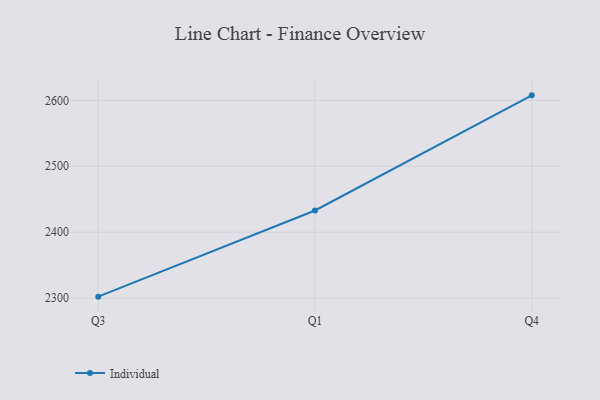
{"axis": {"x": "Quarter", "y": "Temperature (°C)"}, "legend": ["Individual"], "data": [{"x": "Q3", "y": 2302.2, "type": "Individual"}, {"x": "Q1", "y": 2432.9, "type": "Individual"}, {"x": "Q4", "y": 2607.6, "type": "Individual"}]}